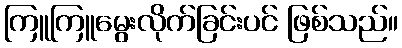
ကြူကြူမွေးလိုက်ခြင်းပင် ဖြစ်သည်။